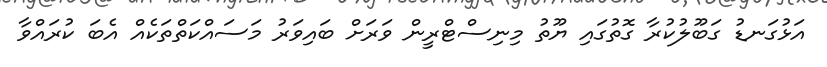
އަޅުގަނޑު ގަބޫލުކުރާ ގޮތުގައި ޔޫތު މިނިސްޓްރީން ވަރަށް ބައިވަރު މަސައްކަތްތަކެއް އެބަ ކުރައްވާ